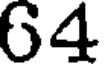
64